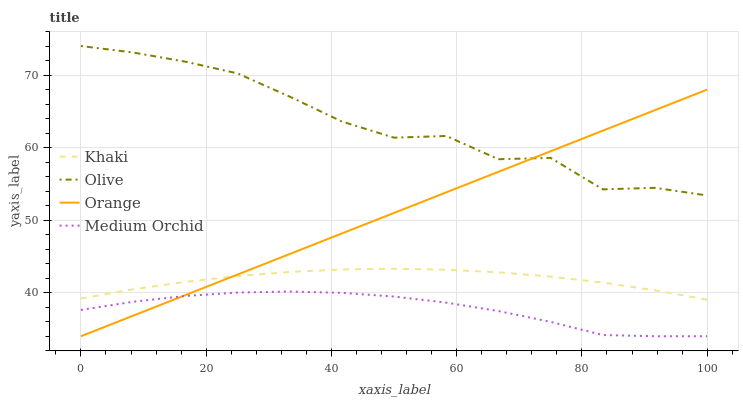
| xaxis_label | Khaki | Olive | Orange | Medium Orchid |
 | --- | --- | --- | --- | --- |
 | 0 | 39.2 | 74 | 34 | 37.6 |
 | 8.33 | 40.5 | 73.1 | 36.8 | 38.8 |
 | 16.7 | 41.5 | 71.8 | 39.7 | 39.6 |
 | 25 | 42.3 | 70.2 | 42.5 | 40 |
 | 33.3 | 42.9 | 67 | 45.3 | 40.2 |
 | 41.7 | 43.2 | 63.6 | 48.2 | 40 |
 | 50 | 43.3 | 61.4 | 51 | 39.5 |
 | 58.3 | 43.2 | 61.6 | 53.8 | 38.6 |
 | 66.7 | 42.8 | 58.4 | 56.7 | 37.5 |
 | 75 | 42.2 | 58.6 | 59.5 | 36 |
 | 83.3 | 41.4 | 54.2 | 62.3 | 34.2 |
 | 91.7 | 40.3 | 54.5 | 65.2 | 34 |
 | 100 | 39 | 53.4 | 68 | 34 |